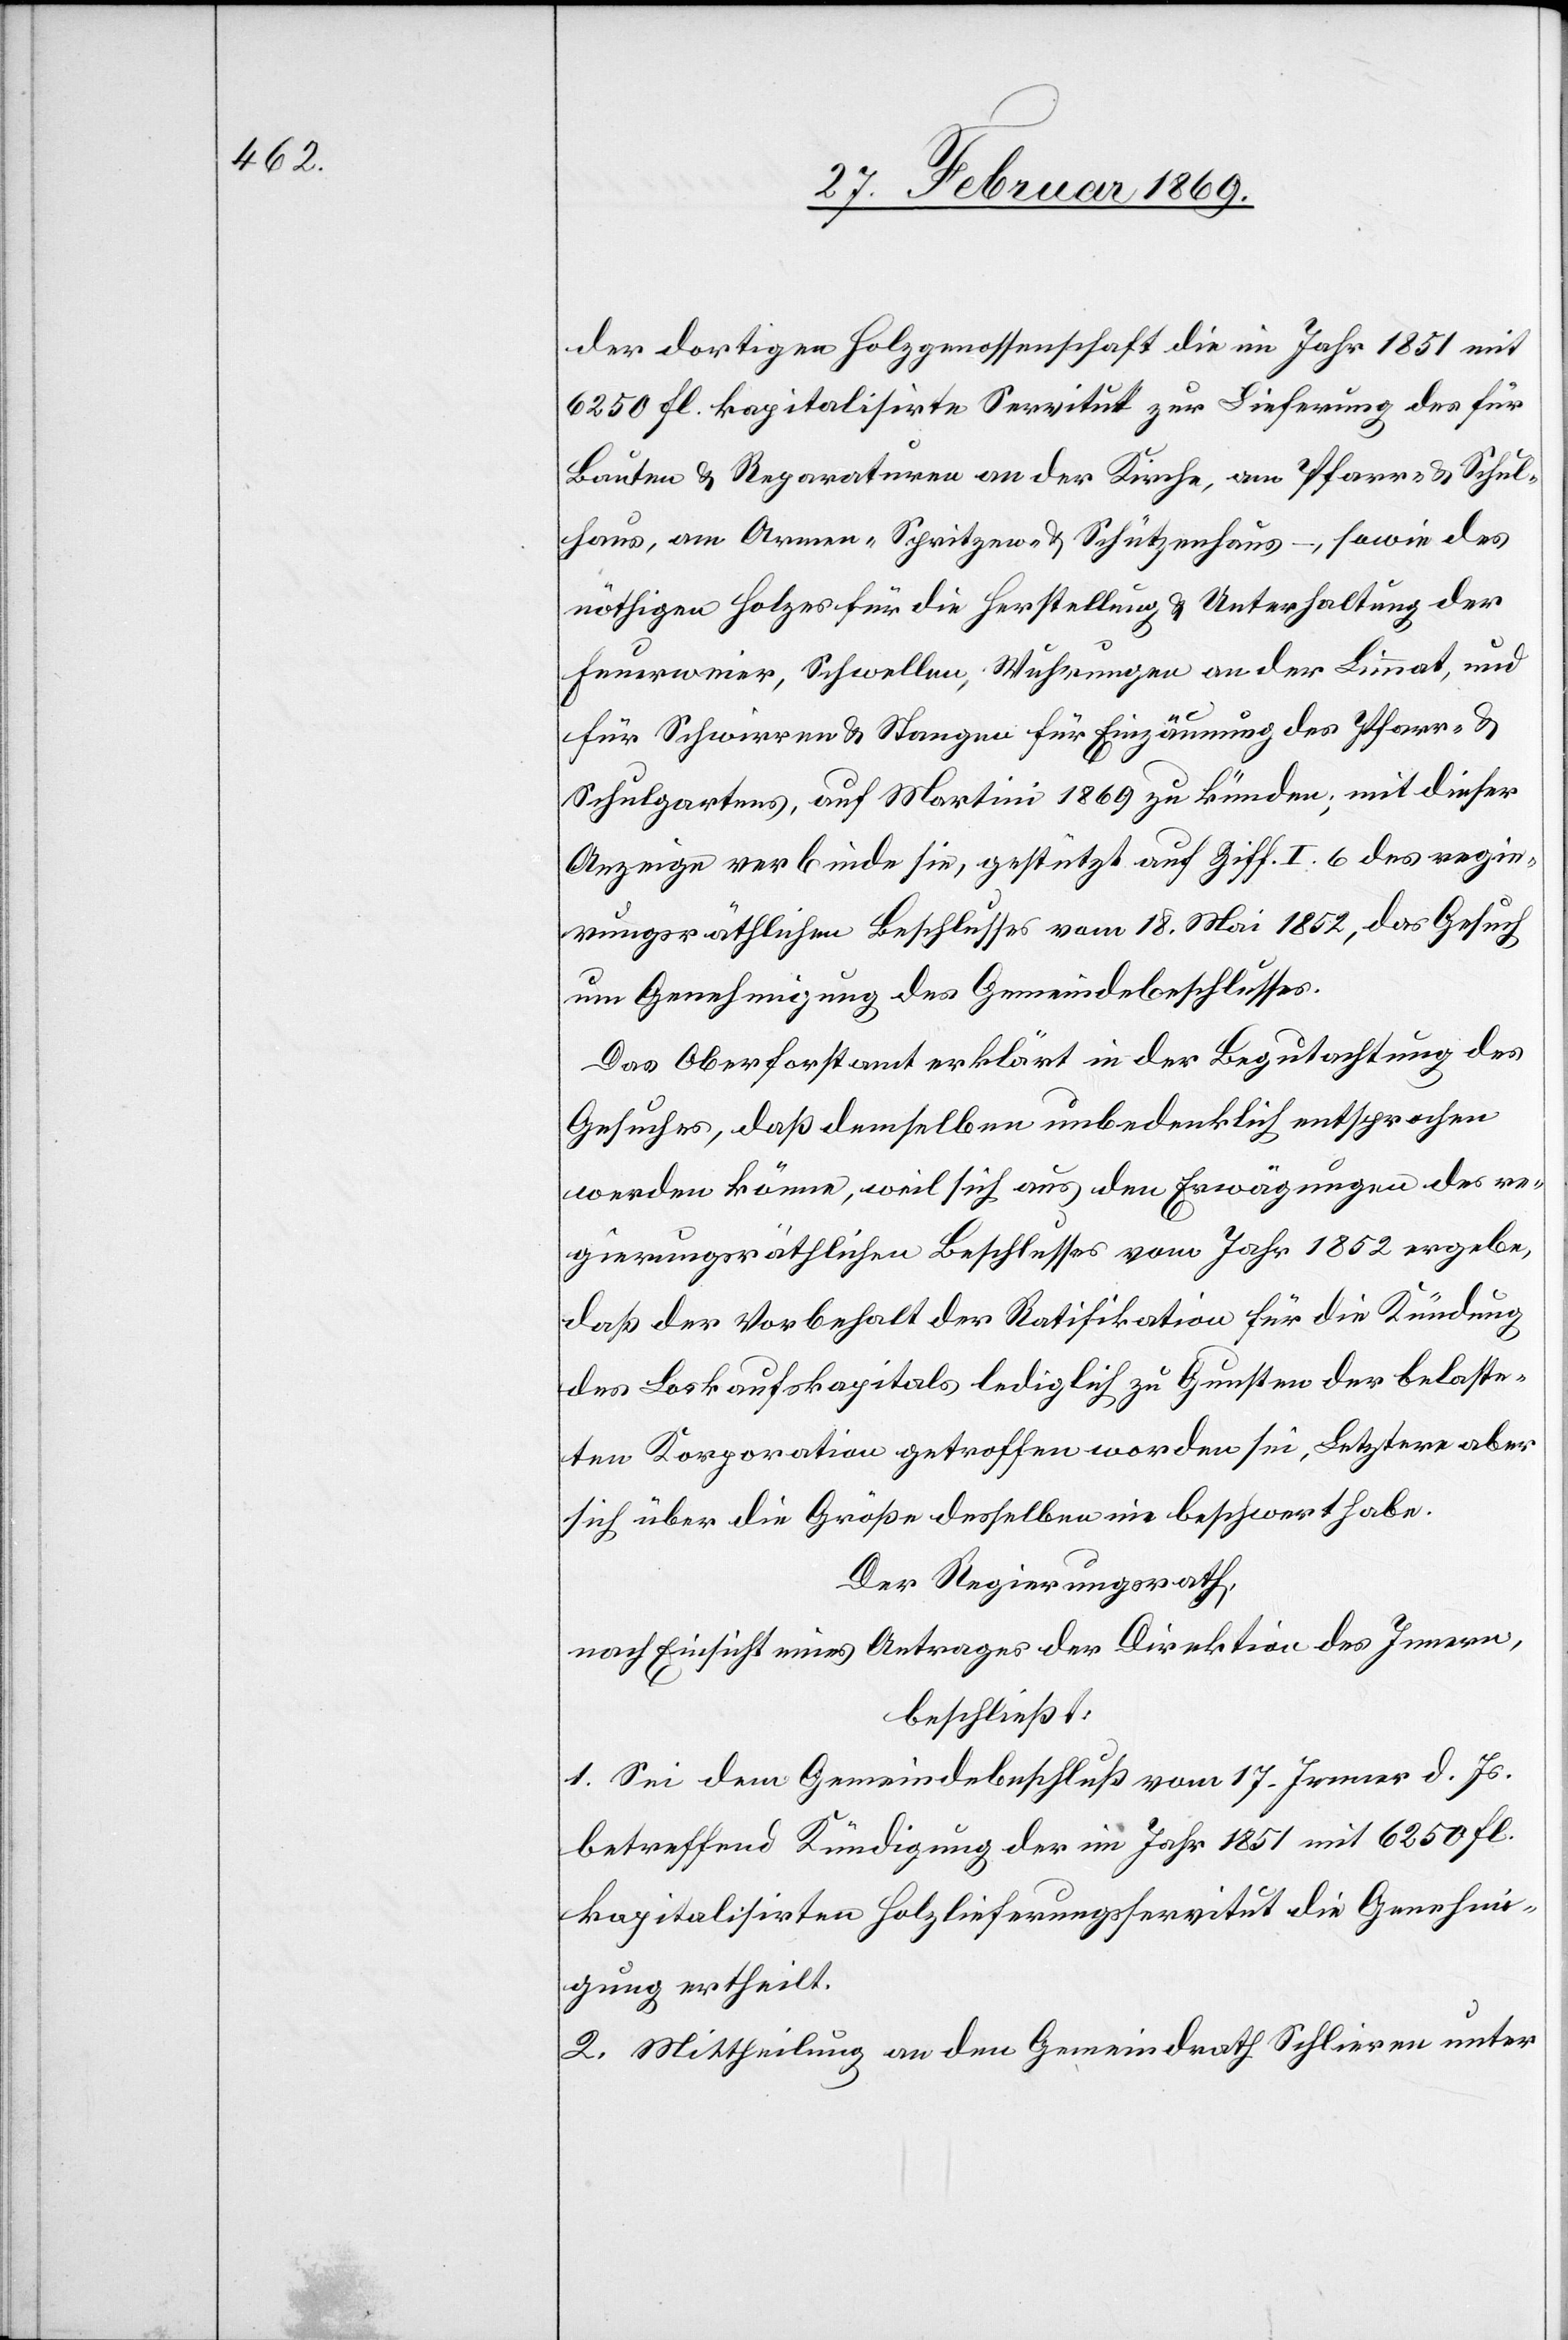
der dortigen Holzgenossenschaft die im Jahr 1851 mit
6250 fl. kapitalisirte Servitut zur Lieferung des für
Bauten & Reparaturen an der Kirche, am Pfarr- & Schul¬
haus, am Armen- & Spritzen- & Schützenhaus–, sowie des
nöthigen Holzes für die Herstellung & Unterhaltung der
Feuerweier, Schwellen, Wuhrungen an der Limmat, und
für Schwirren & Stangen für Einzäumung des Pfarr- &
Schulgartens, auf Martini 1869 zu künden, mit dieser
Anzeige verbinde sie, gestützt auf Ziff. I 6 des regie¬
rungsräthlichen Beschlusses vom 18. Mai 1852, das Gesuch
um Genehmigung des Gemeindsbeschlusses.
Das Oberforstamt erklärt in der Begutachtung des
Gesuches, daß demselben unbedenklich entsprochen
werden könne, weil sich aus den Erwägungen des re¬
gierungsräthlichen Beschlusses vom Jahr 1852 ergebe,
daß der Vorbehalt der Ratifikation für die Kündung
des Loskaufskapitals lediglich zu Gunsten der belaste¬
ten Korporation getroffen worden sei, Letzere aber
sich über die Größe desselben nie beschwert habe.
Der Regierungsrath,
nach Einsicht eines Antrages der Direktion des Innern,
beschließt:
1. Sei dem Gemeindebeschluß vom 17. Jenner d. Js.
betreffend Kündigung der im Jahr 1851 mit 6250 Fl.
kapitalisirten Holzlieferungsservitut die Genehmi¬
gung ertheilt.
2. Mittheilung an dem Gemeindrath Schlieren unter